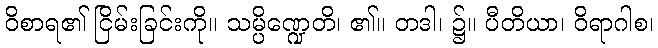
ဝိစာရ၏ ငြိမ်းခြင်းကို။ သမ္ပိဏ္ဍေတိ၊ ၏။ တဒါ၊ ၌။ ပီတိယာ၊ ဝိရာဂါစ၊